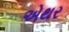
એથર